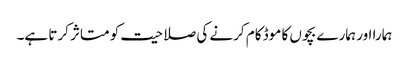
ہمارا اور ہمارے بچوں کا موڈ کام کرنے کی صلاحیت کو متاثر کرتا ہے۔